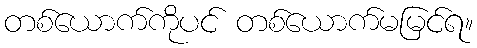
တစ်ယောက်ကိုပင် တစ်ယောက်မမြင်ရ။